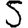
Digit: 5